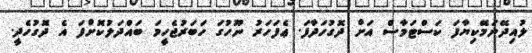
ލުއިދޭނަމޭކިިޔާފަ ކަސްޓަމާސް އަށް ދޮގުހަދާފަ. ޢެފަހަރު ނޫހުގަ ހަބަރުޖެހީމަ ބައްދަލުކޮށްފަ އެ ދޮގުހެދީ.